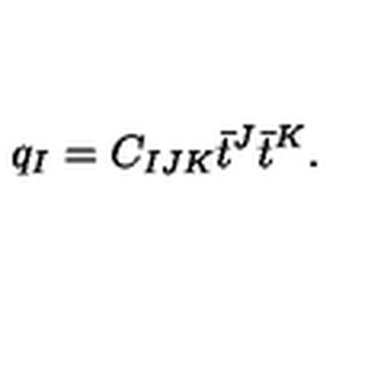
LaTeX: q _ { I } = C _ { I J K } \bar { t } ^ { J } \bar { t } ^ { K } .